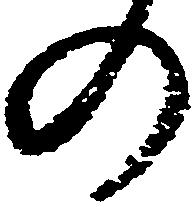
の